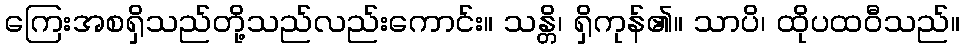
ကြေးအစရှိသည်တို့သည်လည်းကောင်း။ သန္တိ၊ ရှိကုန်၏။ သာပိ၊ ထိုပထဝီသည်။